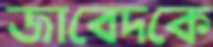
জাবেদকে